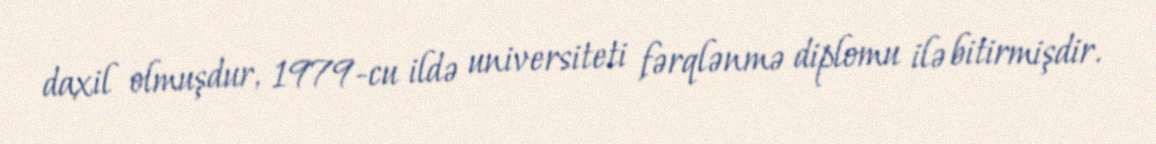
daxil olmuşdur, 1979-cu ildə universiteti fərqlənmə diplomu ilə bitirmişdir.